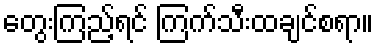
တွေးကြည့်ရင် ကြက်သီးထချင်စရာ။